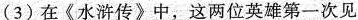
(3)在《水浒传》中，这两位英雄第一次见